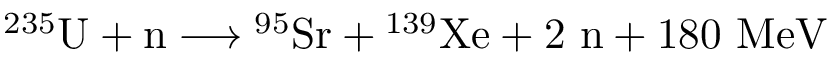
\ { } ^ { 2 3 5 } \mathrm { U } + \mathrm { n } \longrightarrow { } ^ { 9 5 } \mathrm { S r } + { } ^ { 1 3 9 } \mathrm { X e } + 2 \ \mathrm { n } + 1 8 0 \ \mathrm { M e V }